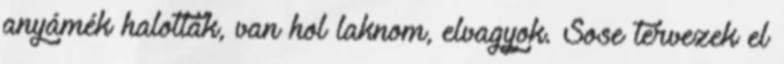
anyámék halottak, van hol laknom, elvagyok. Sose tervezek el